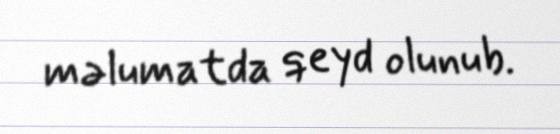
məlumatda qeyd olunub.